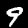
Label: 9